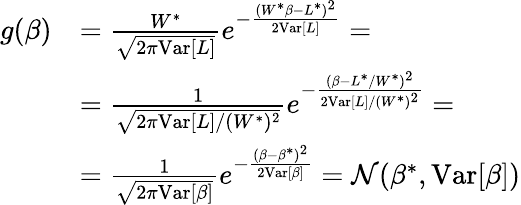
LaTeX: \begin{array}{rl}{g(\beta)}&{=\frac{W^{*}}{\sqrt{2\pi\mathrm{Var}[L]}}e^{-\frac{(W^{*}\beta-L^{*})^{2}}{2\mathrm{Var}[L]}}=}\\ &{=\frac{1}{\sqrt{2\pi\mathrm{Var}[L]/(W^{*})^{2}}}e^{-\frac{(\beta-L^{*}/W^{*})^{2}}{2\mathrm{Var}[L]/(W^{*})^{2}}}=}\\ &{=\frac{1}{\sqrt{2\pi\mathrm{Var}[\beta]}}e^{-\frac{(\beta-\beta^{*})^{2}}{2\mathrm{Var}[\beta]}}=\mathcal{N}(\beta^{*},\mathrm{Var}[\beta])}\end{array}